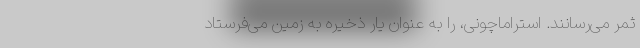
ثمر می‌رسانند. استراماچونی، را به عنوان یار ذخیره به زمین می‌فرستاد